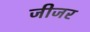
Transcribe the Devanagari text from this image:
जीजर